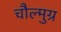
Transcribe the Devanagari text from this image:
चौल्मुग्र